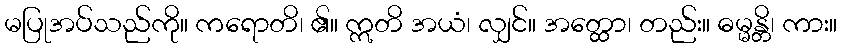
မပြုအပ်သည်ကို။ ကရောတိ၊ ၏။ ဣတိ အယံ၊ လျှင်။ အတ္ထော၊ တည်း။ ဓမ္မန္တိ၊ ကား။